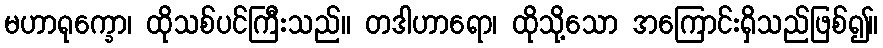
မဟာရုက္ခော၊ ထိုသစ်ပင်ကြီးသည်။ တဒါဟာရော၊ ထိုသို့သော အကြောင်းရှိသည်ဖြစ်၍။